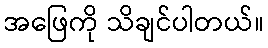
အဖြေကို သိချင်ပါတယ်။